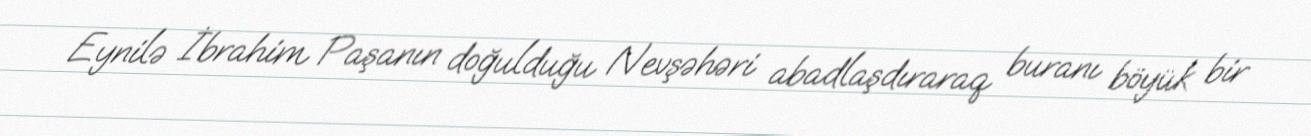
Eynilə İbrahim Paşanın doğulduğu Nevşəhəri abadlaşdıraraq buranı böyük bir